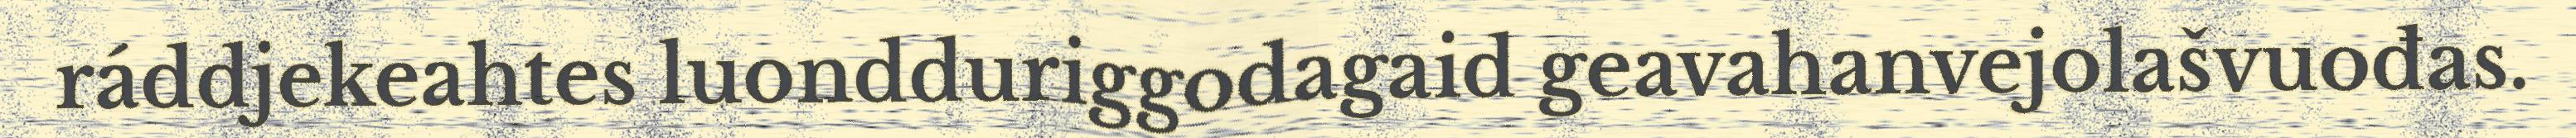
ráddjekeahtes luondduriggodagaid geavahanvejolašvuođas.